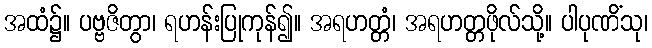
အထံ၌။ ပဗ္ဗဇိတွာ၊ ရဟန်းပြုကုန်၍။ အရဟတ္တံ၊ အရဟတ္တဖိုလ်သို့။ ပါပုဏိံသု၊